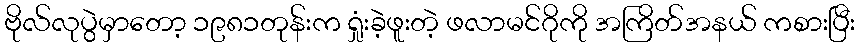
ဗိုလ်လုပွဲမှာတော့ ၁၉၈၁တုန်းက ရှုံးခဲ့ဖူးတဲ့ ဖလာမင်ဂိုကို အကြိတ်အနယ် ကစားပြီး